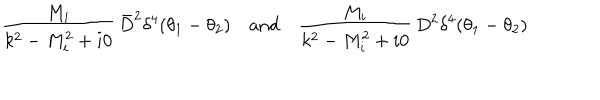
\frac { M _ { i } } { k ^ { 2 } - M _ { i } ^ { 2 } + i 0 } \, \bar { D } ^ { 2 } \delta ^ { 4 } ( \theta _ { 1 } - \theta _ { 2 } ) \quad \mathrm { a n d } \quad \frac { M _ { i } } { k ^ { 2 } - M _ { i } ^ { 2 } + i 0 } \, D ^ { 2 } \delta ^ { 4 } ( \theta _ { 1 } - \theta _ { 2 } )